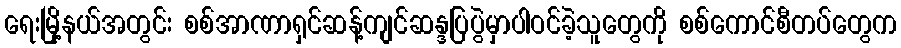
ရေးမြို့နယ်အတွင်း စစ်အာဏာရှင်ဆန့်ကျင်ဆန္ဒပြပွဲမှာပါဝင်ခဲ့သူတွေကို စစ်ကောင်စီတပ်တွေက